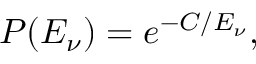
P ( E _ { \nu } ) = e ^ { - C / E _ { \nu } } ,